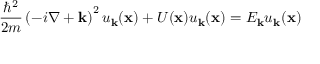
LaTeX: { \frac { \hbar ^ { 2 } } { 2 m } } \left( - i \nabla + \mathbf { k } \right) ^ { 2 } u _ { \mathbf { k } } ( \mathbf { x } ) + U ( \mathbf { x } ) u _ { \mathbf { k } } ( \mathbf { x } ) = E _ { \mathbf { k } } u _ { \mathbf { k } } ( \mathbf { x } )